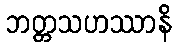
ဘတ္တသဟဿာနိ